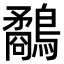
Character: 鷸